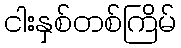
ငါးနှစ်တစ်ကြိမ်